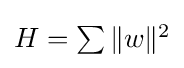
{\textstyle H=\sum \|w\|^{2}}